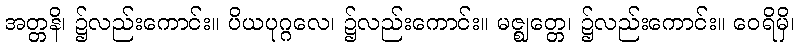
အတ္တနိ၊ ၌လည်းကောင်း။ ပိယပုဂ္ဂလေ၊ ၌လည်းကောင်း။ မဇ္ဈတ္တေ၊ ၌လည်းကောင်း။ ဝေရိမှိ၊